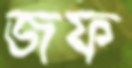
জফ